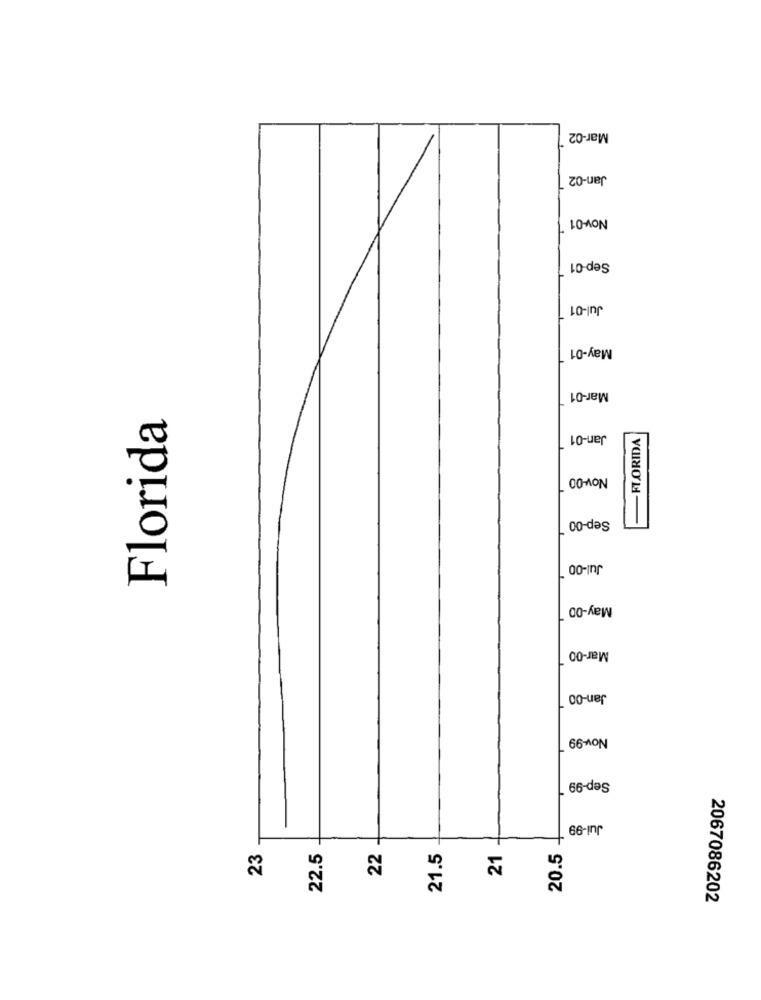
Mar-02
Jan-02
Nov-01
Sep-01
Jul-01
May-01
Mar-01
Florida
Jan-01
- FLORIDA
Nov-00
Sep-00 1
Jul-00
May-00
Mar-00
Jan-00
Nov-99
Sep-99
Jul-99
23
22.5
22
21.5
21
20.5
2067086202